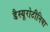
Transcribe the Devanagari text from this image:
डैस्यूरोटीनिया